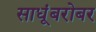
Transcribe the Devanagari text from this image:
साधूंबरोबर